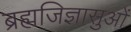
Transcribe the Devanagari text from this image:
ब्रह्मजिज्ञासुओं